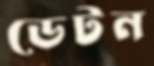
ডেটন